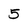
Character: 5